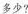
多少?